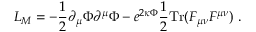
L _ { M } = - \frac { 1 } { 2 } \partial _ { \mu } \Phi \partial ^ { \mu } \Phi - e ^ { 2 \kappa \Phi } \frac { 1 } { 2 } \mathrm { T r } ( F _ { \mu \nu } F ^ { \mu \nu } ) \ .